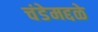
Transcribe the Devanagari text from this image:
चंडेमद्दळे